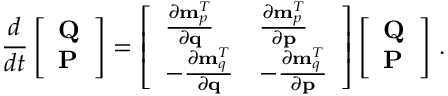
\frac { d } { d t } \left[ \begin{array} { l } { \mathbf { Q } } \\ { \mathbf { P } } \end{array} \right] = \left[ \begin{array} { l l } { \frac { \partial { \bf m } _ { p } ^ { T } } { \partial { \bf q } } } & { \frac { \partial { \bf m } _ { p } ^ { T } } { \partial { \bf p } } } \\ { - \frac { \partial { \bf m } _ { q } ^ { T } } { \partial { \bf q } } } & { - \frac { \partial { \bf m } _ { q } ^ { T } } { \partial { \bf p } } } \end{array} \right] \left[ \begin{array} { l } { \mathbf { Q } } \\ { \mathbf { P } } \end{array} \right] \, .